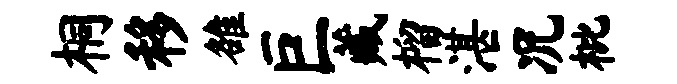
桐移雒巨藏榴湛况枇